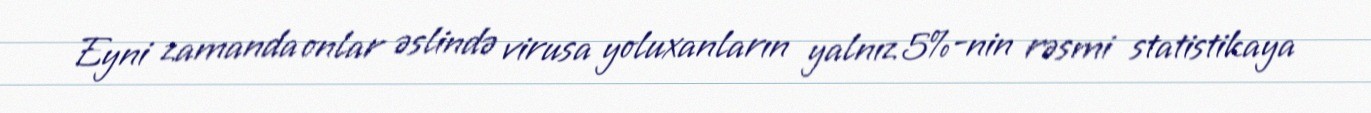
Eyni zamanda onlar əslində virusa yoluxanların yalnız 5%-nin rəsmi statistikaya